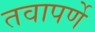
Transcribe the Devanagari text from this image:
तवापर्णे